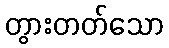
တွားတတ်သော